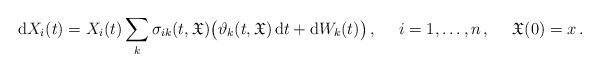
\begin{align*}\mathrm{d}X_i(t) = X_i(t)\sum_k \sigma_{ik}(t,\mathfrak{X}) \big(\vartheta_k(t,\mathfrak{X})\, \mathrm{d}t + \mathrm{d}W_k(t) \big)\,,\ \ \ \ i = 1,\dots,n\,,\ \ \ \ \mathfrak{X}(0)=x\,.\end{align*}